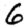
Digit: 6